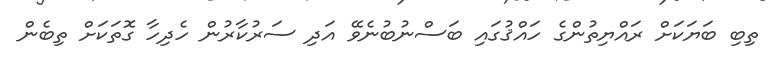
ތިބި ބަޔަކަށް ރައްޔިތުންގެ ހައްޤުގައި ބަސްނުބުނެވޭ އަދި ސަރުކާރުން ހެދިހާ ގޮތަކަށް ތިބެން